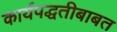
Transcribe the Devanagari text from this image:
कार्यपद्धतीबाबत